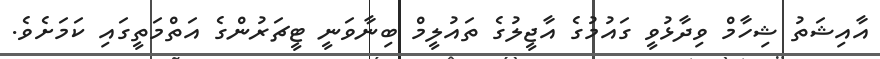
އާއިޝަތު ޝިހާމް ވިދާޅުވީ ގައުމުގެ އާޖީލުގެ ތައުލީމް ބިނާވަނީ ޓީޗަރުންގެ އަތްމަތީގައި ކަމަށެވެ.